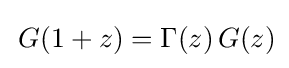
\,G(1+z)=\Gamma (z)\,G(z)